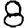
Digit: 8